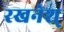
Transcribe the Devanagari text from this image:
रखनेश्